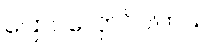
ပြောင်လှောင်ပါတယ်။